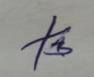
Signature authenticity: forged